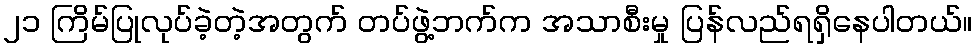
၂၁ ကြိမ်ပြုလုပ်ခဲ့တဲ့အတွက် တပ်ဖွဲ့ဘက်က အသာစီးမှု ပြန်လည်ရရှိနေပါတယ်။